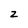
Character: z